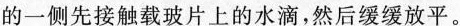
的一侧先接触载玻片上的水滴，然后缓缓放平。